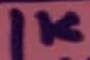
Text: 1K